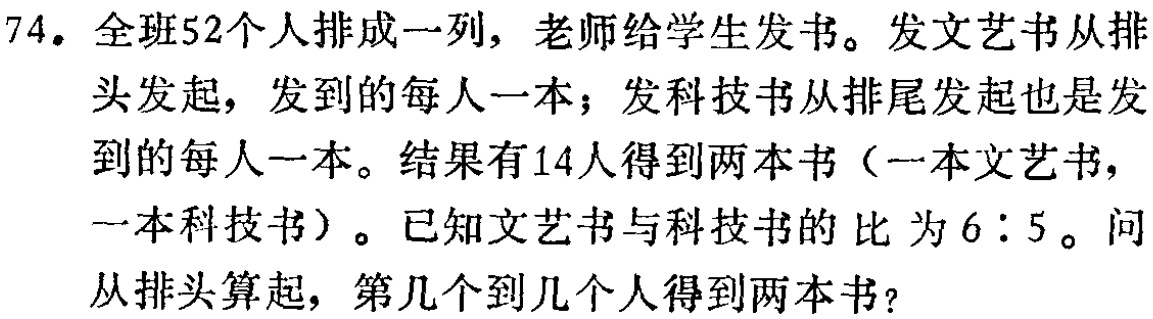
74. 全班52个人排成一列，老师给学生发书。发文艺书从排头发起，发到的每人一本；发科技书从排尾发起也是发到的每人一本。结果有14人得到两本书（一本文艺书，一本科技书）。已知文艺书与科技书的比为\(6:5\)。问从排头算起，第几个到几个人得到两本书？